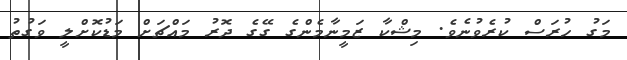
މަގު ހުރަސް ކުރެވުނެވެ. މިޝްކާ ޒަމީނާމެންގެ ގޭގެ ދޮރު މައްޗަށް މަޑުކޮށްލީ ވަގުތު